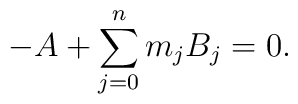
- A + \sum_{j=0}^n m_j B_j = 0.